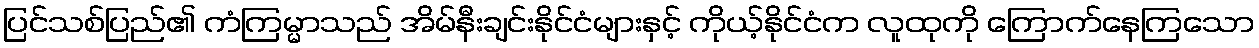
ပြင်သစ်ပြည်၏ ကံကြမ္မာသည် အိမ်နီးချင်းနိုင်ငံများနှင့် ကိုယ့်နိုင်ငံက လူထုကို ကြောက်နေကြသော